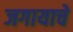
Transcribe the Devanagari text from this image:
जगायाचे